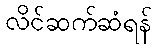
လိင်ဆက်ဆံရန်